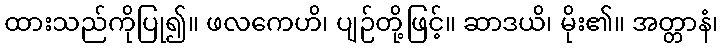
ထားသည်ကိုပြု၍။ ဖလကေဟိ၊ ပျဉ်တို့ဖြင့်။ ဆာဒယိ၊ မိုး၏။ အတ္တာနံ၊